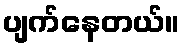
ပျက်နေတယ်။